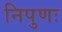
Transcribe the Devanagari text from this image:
निपुणः